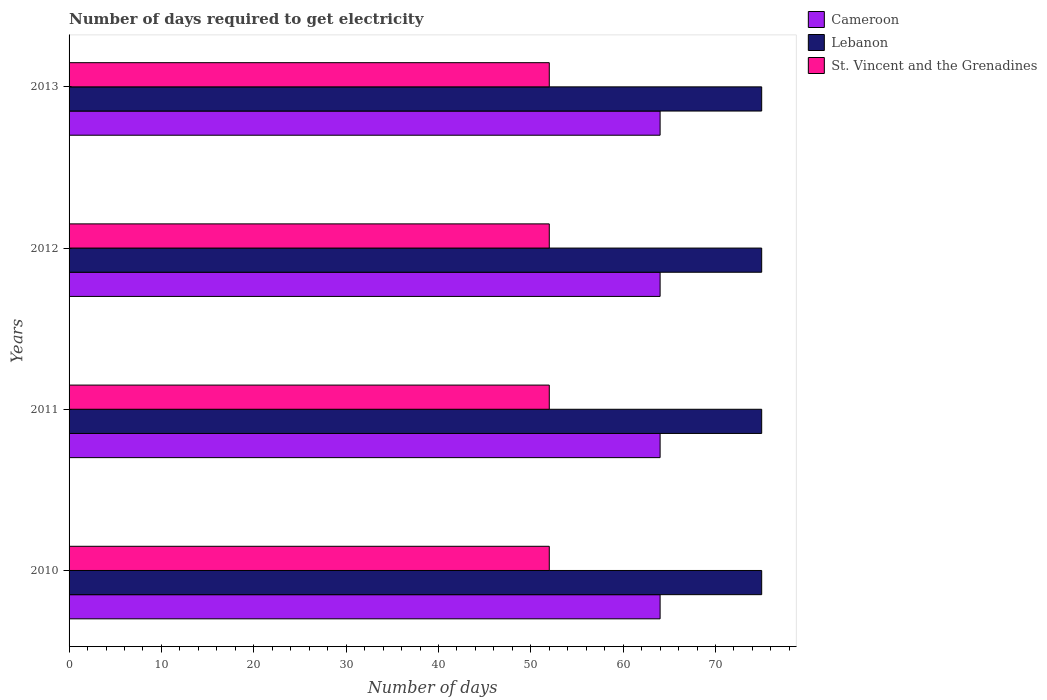
| Years | Cameroon | Lebanon | St. Vincent and the Grenadines |
 | --- | --- | --- | --- |
 | 2010 | 64 | 75 | 52 |
 | 2011 | 64 | 75 | 52 |
 | 2012 | 64 | 75 | 52 |
 | 2013 | 64 | 75 | 52 |